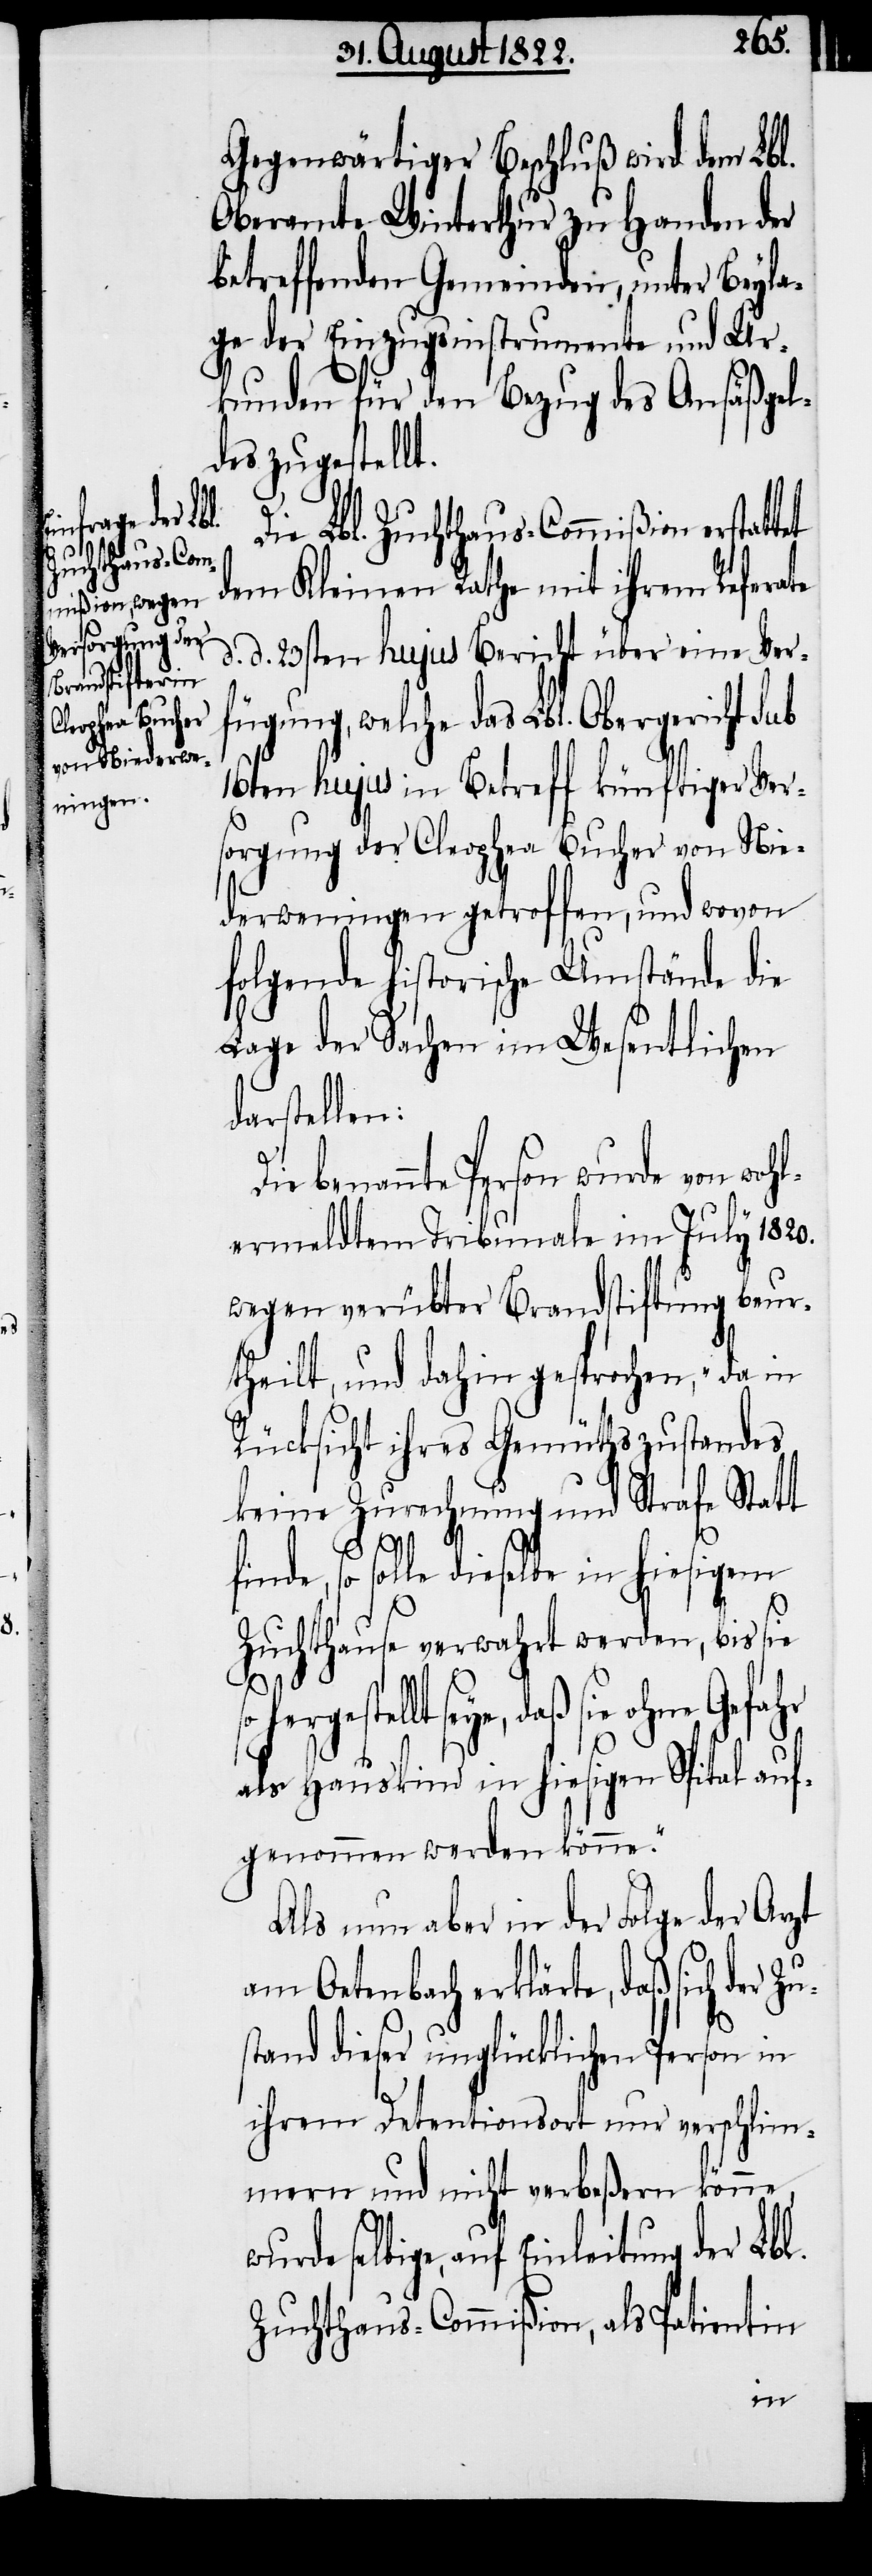
Gegenwärtiger Beschluß wird dem Lbl.
Oberamte Winterthur zu Handen der
betreffenden Gemeinden, unter Beyla¬
ge der Einzugsinstrumente und Ur¬
kunden für den Bezug des Ansäßgel¬
des zugestellt.
Die Lbl. Zuchthaus-Commißion erstatt¬
dem Kleinen Rathe mit ihrem Referate
d. d. 23sten hujus Bericht über eine Ver¬
fügung, welche das Lbl. Obergericht Sub
16ten hujus in Betreff künftiger Ver¬
sorgung der Cleophea Bucher von Nie¬
derweningen getroffen, und wovon
folgende historische Umstände die
Lage der Sachen im Wesentlichen
darstellen:
Die benannte Person wurde von wohl¬
ermeldtem Tribunale im July 1820.
wegen verübter Brandstiftung beur¬
theilt, und dahin gesprochen, „da in
Rücksicht ihres Gemüthszustandes
keine Zurechnung und Strafe Statt
so solle dieselbe in hiesigem
Zuchthause verwahrt werden, bis sie
gestellt seye, daß sie ohne Gefahr
als Hauskind in hiesigem Spital auf¬
genommen werden könne.“
Als nun aber in der Folge der Arzt
am Oetenbach erklärte, daß sich der Z¬
stand dieser unglücklichen Person in
ihrem Detentionsort nur verschlim¬
mern und nicht verbeßern könne,
selbige, auf Einleitung der Lbl.
Zuchthaus-Commißion, als Petentin
u¬